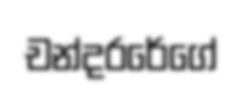
චන්දරරේගේ